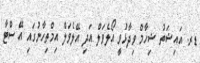
ޑރ. އައިޝަތު ޝިހާމް ވިދާޅުވީ އޯލެވަލް އަދި އޭލެވަލް އިމްތިހާނުގައި އޭ ސްޓާ